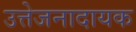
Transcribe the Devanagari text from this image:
उत्तेजनादायक